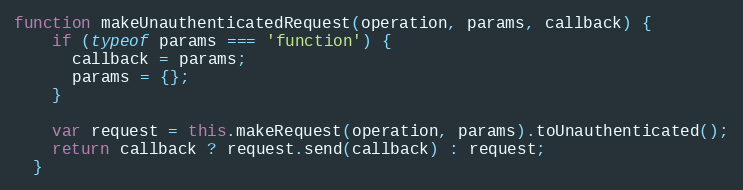
Language: JavaScript
function makeUnauthenticatedRequest(operation, params, callback) {
    if (typeof params === 'function') {
      callback = params;
      params = {};
    }

    var request = this.makeRequest(operation, params).toUnauthenticated();
    return callback ? request.send(callback) : request;
  }